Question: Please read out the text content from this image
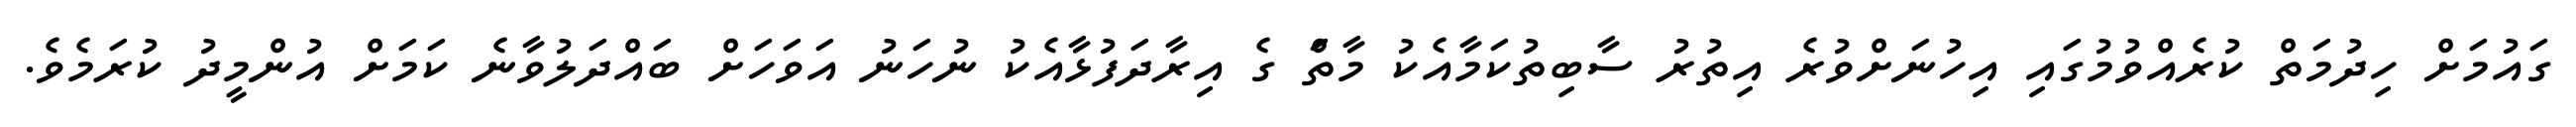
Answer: ގައުމަށް ހިދުމަތް ކުރެއްވުމުގައި އިހުނަށްވުރެ އިތުރު ސާބިތުކަމާއެކު މާތްަ ގެ އިރާދަފުޅާއެކު ނުހަނު އަވަހަށް ބައްދަލުވާނެ ކަމަށް އުންމީދު ކުރަމެވެ.